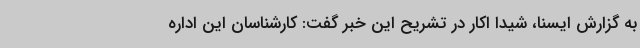
به گزارش ایسنا، شیدا اکار در تشریح این خبر گفت: کارشناسان این اداره